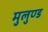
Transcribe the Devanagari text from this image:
मुलुण्ड